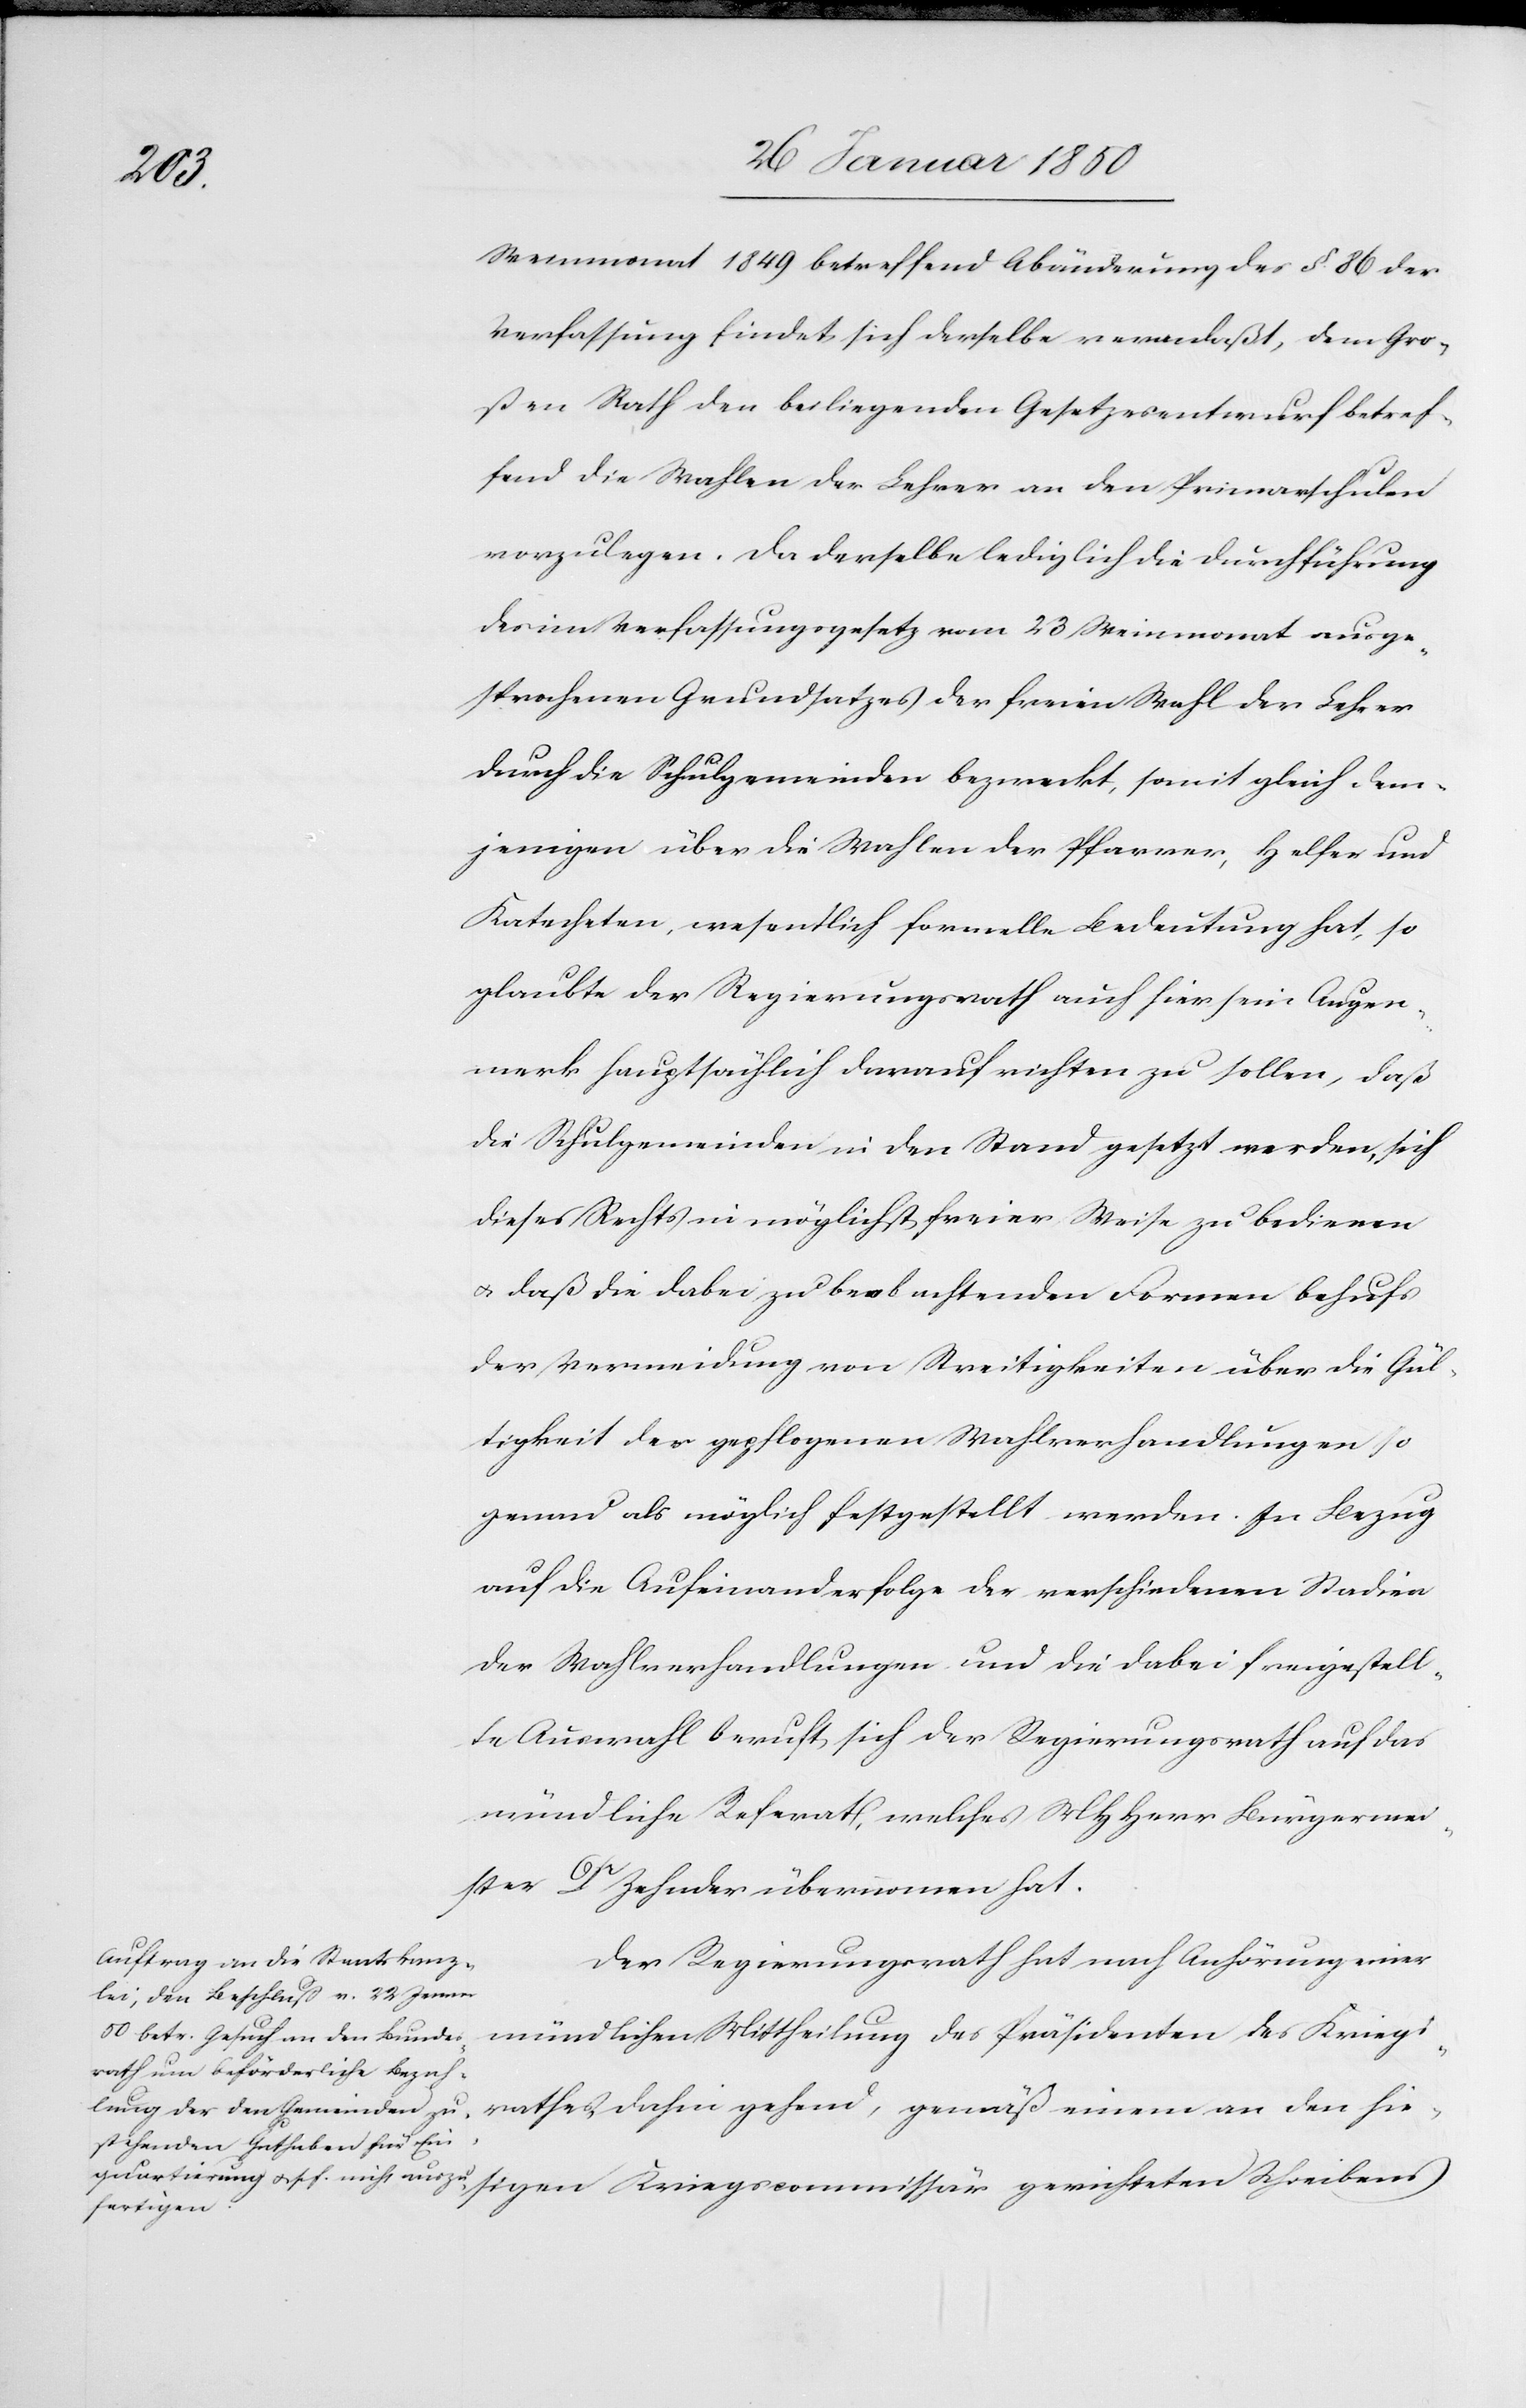
Weinmonat 1849 betreffend Abänderung des §. 86 der
Verfassung findet sich derselbe veranlaßt, dem Gro¬
ßen Rath den beiliegenden Gesetzesentwurf betref¬
fend die Wahlen der Lehrer an den Primarschulen
vorzulegen. Da derselbe lediglich die Durchführung
des im Verfassungsgesetz vom 23 Weinmonat ausge¬
sprochenen Grundsatzes der freien Wahl der Lehrer
durch die Schulgemeinden bezweckt, somit gleich dem¬
jenigen über die Wahlen der Pfarrer, Helfer und
Katecheten, wesentlich formelle Bedeutung hat, so
glaubte der Regierungsrath auch hier sein Augen¬
merk hauptsächlich darauf richten zu sollen, daß
die Schulgemeinden in den Stand gesetzt werden, sich
dieses Rechts in möglichst freier Weise zu bedienen
u. daß die dabei zu beobachtenden Formen behufs
der Vermeidung von Streitigkeiten über die Gül¬
tigkeit der gepflogenen Wahlverhandlungen so
genau als möglich festgestellt werden. In Bezug
auf die Aufeinanderfolge der verschiedenen Stadien
der Wahlverhandlungen und die dabei freigestell¬
te Auswahl beruft sich der Regierungsrath auf das
mündliche Referat, welches MHHerr Bürgermei¬
ster Dr Zehnder übernommen hat.
Der Regierungsrath hat nach Anhörung einer
hiesigen